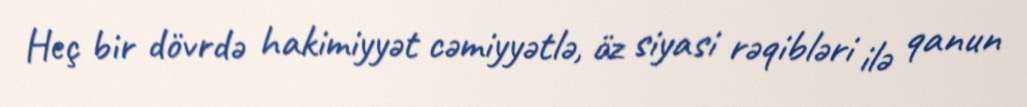
Heç bir dövrdə hakimiyyət cəmiyyətlə, öz siyasi rəqibləri ilə qanun